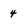
Character: 4